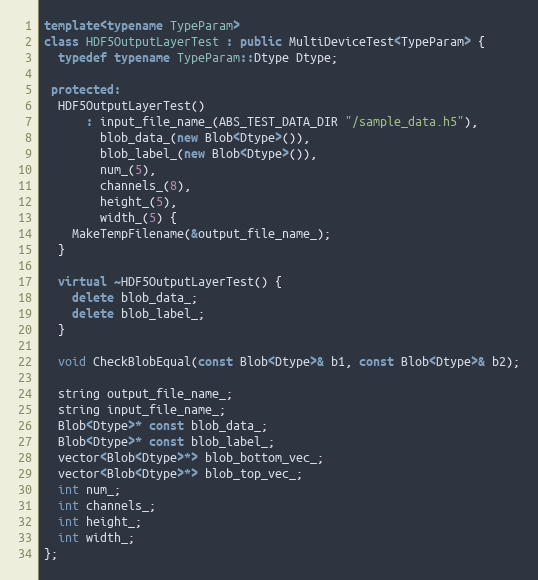
Language: C++
template<typename TypeParam>
class HDF5OutputLayerTest : public MultiDeviceTest<TypeParam> {
  typedef typename TypeParam::Dtype Dtype;

 protected:
  HDF5OutputLayerTest()
      : input_file_name_(ABS_TEST_DATA_DIR "/sample_data.h5"),
        blob_data_(new Blob<Dtype>()),
        blob_label_(new Blob<Dtype>()),
        num_(5),
        channels_(8),
        height_(5),
        width_(5) {
    MakeTempFilename(&output_file_name_);
  }

  virtual ~HDF5OutputLayerTest() {
    delete blob_data_;
    delete blob_label_;
  }

  void CheckBlobEqual(const Blob<Dtype>& b1, const Blob<Dtype>& b2);

  string output_file_name_;
  string input_file_name_;
  Blob<Dtype>* const blob_data_;
  Blob<Dtype>* const blob_label_;
  vector<Blob<Dtype>*> blob_bottom_vec_;
  vector<Blob<Dtype>*> blob_top_vec_;
  int num_;
  int channels_;
  int height_;
  int width_;
};